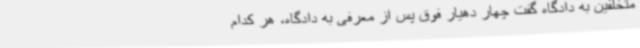
متخلفین به دادگاه گفت چهار دهیار فوق پس از معرفی به دادگاه، هر کدام